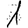
Digit: 1